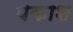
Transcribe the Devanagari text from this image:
पकाश